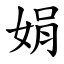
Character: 娟